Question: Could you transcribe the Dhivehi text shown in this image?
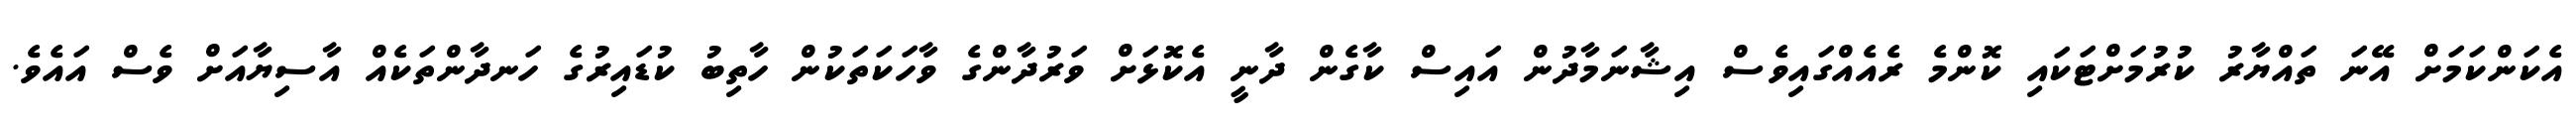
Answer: އެކަންކަމަށް އޭނަ ތައްޔާރު ކުރުމަށްޓަކައި ކޮންމެ ރެއެއްގައިވެސް އިޝާނަމާދުން އައިސް ކާގެން ދާނީ އެކޮޅަށް ވަރުދާންގެ ވާހަކަތަކުން ހާތިބު ކުޑައިރުގެ ހަނދާންތަކެއް އާސިޔާއަށް ވެސް އައެވެ.